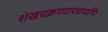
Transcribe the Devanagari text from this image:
शंखचक्रगदापद्मपाणिः